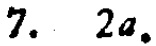
7. \(2a\)